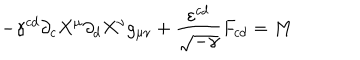
LaTeX: - \gamma ^ { c d } \partial _ { c } X ^ { \mu } \partial _ { d } X ^ { \nu } g _ { \mu \nu } + \frac { \varepsilon ^ { c d } } { \sqrt { - \gamma } } F _ { c d } = M